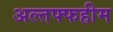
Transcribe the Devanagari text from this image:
अल्तफ्फहीम